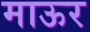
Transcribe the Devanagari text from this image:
माऊर